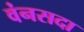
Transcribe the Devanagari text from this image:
वंनसदा